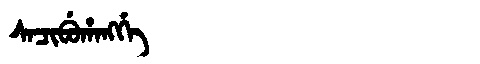
Manchu: ᠰᠠᠴᡳᠪᡠᡥᠠᠩᡤᡝ
Romanization: SACIBUHANGGE